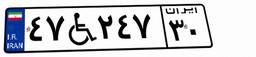
۴۷W۲۴۷۳۰